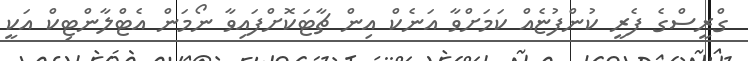
ގްރީސްގެ ފެރީ ކުންފުޏެއް ކަމަށްވާ އަނެކް އިން ޗާޓަކޮށްފައިވާ ނޯމަން އެޓްލާންޓިކް އަކީ